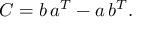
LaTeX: C = b \, a \sp { T } - a \, b \sp { T } .